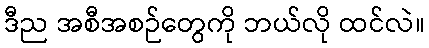
ဒီည အစီအစဉ်တွေကို ဘယ်လို ထင်လဲ။